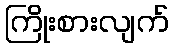
ကြိုးစားလျက်